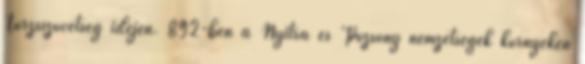
Törzsszövetség idején. 892-ben a Nyitra és Pozsony nemzetségek környékén